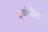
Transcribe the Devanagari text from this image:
चर्चापीठ